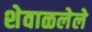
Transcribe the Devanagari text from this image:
शेवाळलेले